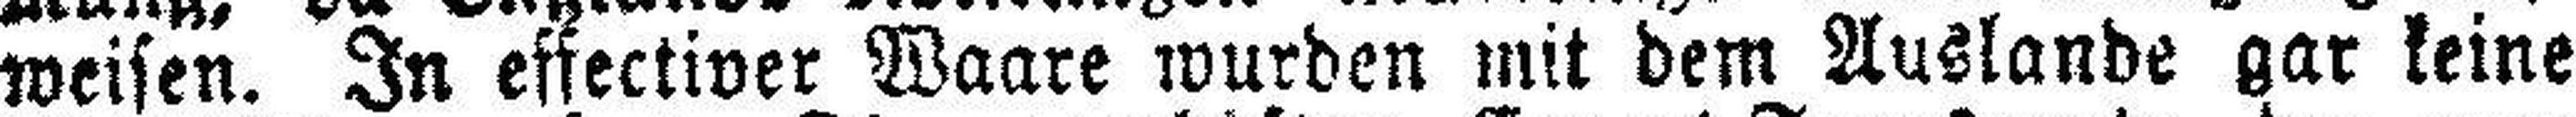
weisen. In effectiver Waare wurden mit dem Auslande gar keine